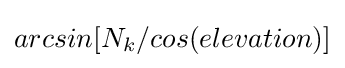
arcsin[N_{k}/cos(elevation)]